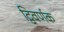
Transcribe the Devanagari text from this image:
द्विवर्णक